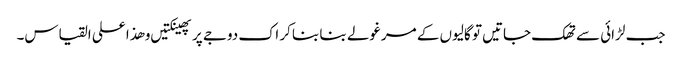
جب لڑائی سے تھک جاتیں تو گالیوں کے مرغولے بنا بنا کر اک دوجے پر پھینکتیں و ھذا علی القیاس۔